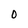
Character: O